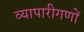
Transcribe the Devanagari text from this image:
व्यापारीगणों